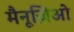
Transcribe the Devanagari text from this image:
मैनूज़िओ